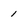
Character: 1